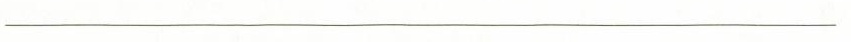
___